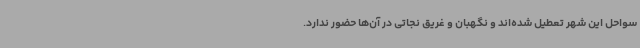
سواحل این شهر تعطیل شده‌اند و نگهبان و غریق نجاتی در آن‌ها حضور ندارد.